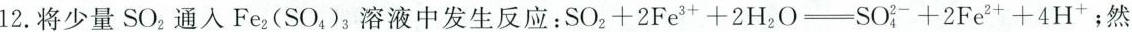
12. 将少量SO_{2}通入Fe_{2}(SO_{4})_{3}溶液中发生反应：$$SO_{2}+2Fe^{3+}+2H_2O=SO_{4}^{2-}+2Fe^{2+}+4H^{+}$$；然